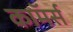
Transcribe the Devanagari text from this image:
काॅमर्स